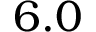
6 . 0